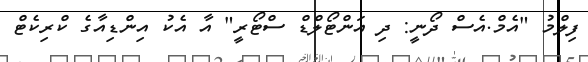
ފިލްމު "އެމް.އެސް ދޯނީ: ދި އަންޓޯލްޑް ސްޓޯރީ" އާ އެކު އިންޑިއާގެ ކްރިކެޓް